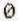
0